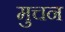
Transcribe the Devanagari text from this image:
मुचन